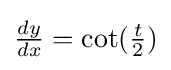
{\textstyle {\frac {dy}{dx}}=\cot({\frac {t}{2}})}